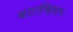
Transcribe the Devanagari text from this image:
बटाव्हियन